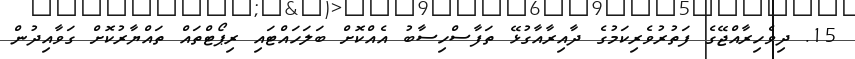
15. ދިވެހިރާއްޖޭގެ ފަތުރުވެރިކަމުގެ ދާއިރާއާގުޅޭ ތަފާސްހިސާބު އެއްކޮށް ބަލަހައްޓައި ރިޕޯޓްތައް ތައްޔާރުކޮށް ގަވާއިދުން